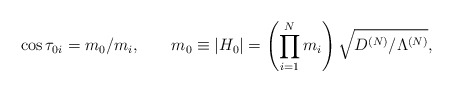
\begin{align*}\cos\tau_{0i}=m_0/m_i ,\hspace{8mm}m_0\equiv |H_0|=\left(\prod_{i=1}^N m_i\right)\sqrt{D^{(N)}/\Lambda^{(N)}},\end{align*}